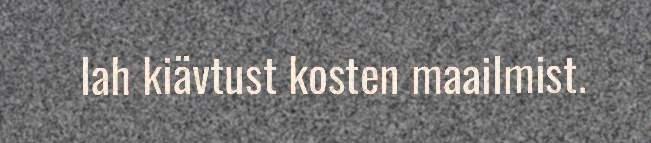
lah kiävtust kosten maailmist.